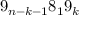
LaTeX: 9 _ { n - k - 1 } 8 _ { 1 } 9 _ { k }